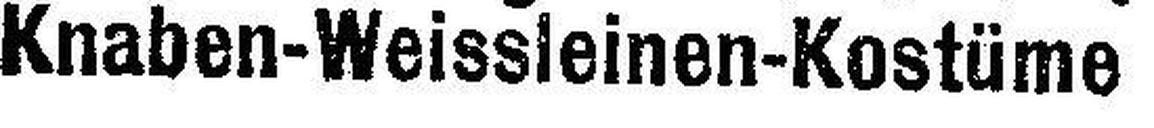
Knaben-Weissleinen-Kostüme